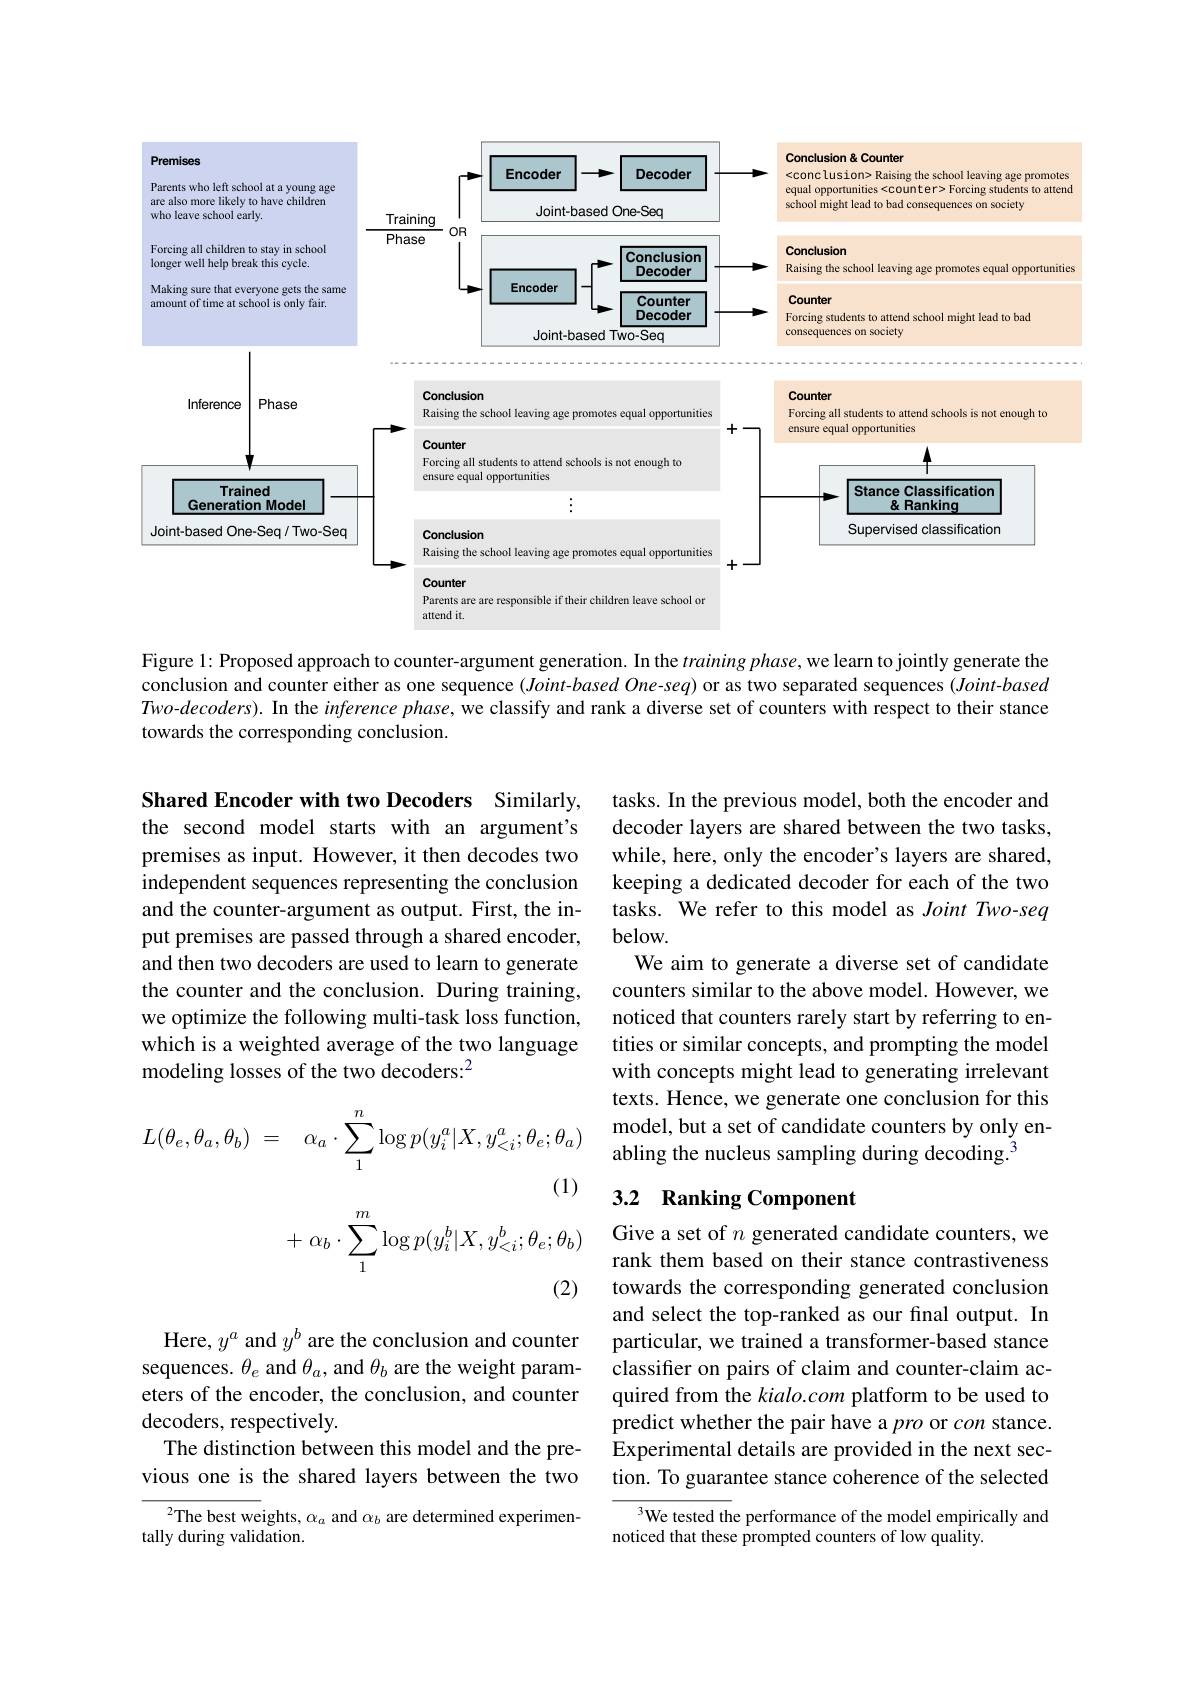
<FigureHere>

Figure 1: Proposed approach to counter-argument generation. In the $trainingphase$,we learn to jointly generate the conclusion and counter either as one sequence $( Joint- based\textit{One- seq) or as two separated sequences ( Joint- based) }$ $Two-decoders).$ In the inference phase, we classify and rank a diverse set of counters with respect to their stance towards the corresponding conclusion.

Shared Encoder with two Decoders Similarly, the second model starts with an argument's premises as input. However, it then decodes two independent sequences representing the conclusion and the counter-argument as output. First, the input premises are passed through a shared encoder, and then two decoders are used to learn to generate the counter and the conclusion. During training, we optimize the following multi-task loss function, which is a weighted average of the two language modeling losses of the two decoders:$^2$

tasks. In the previous model, both the encoder and decoder layers are shared between the two tasks, while, here, only the encoder's layers are shared, keeping a dedicated decoder for each of the two tasks. We refer to this model as Joint Two-seq below.
We aim to generate a diverse set of candidate counters similar to the above model. However, we noticed that counters rarely start by referring to entities or similar concepts, and prompting the model with concepts might lead to generating irrelevant texts. Hence, we generate one conclusion for this model, but a set of candidate counters by only enabling the nucleus sampling during decoding.$^{3}$
$$\begin{aligned}L(\theta_{e},\theta_{a},\theta_{b})&=\quad\alpha_{a}\cdot\sum_{1}^{n}\log p(y_{i}^{a}|X,y_{<i}^{a};\theta_{e};\theta_{a})\\&&\text{(1)}\\&+\:\alpha_{b}\cdot\sum_{1}^{m}\log p(y_{i}^{b}|X,y_{<i}^{b};\theta_{e};\theta_{b})\end{aligned}$$
## 3.2 Ranking Component

Give a set of $n$ generated candidate counters, we rank them based on their stance contrastiveness towards the corresponding generated conclusion and select the top-ranked as our final output. In particular, we trained a transformer-based stance classifer on pairs of claim and counter-claim acquired from the kialo.com platform to be used to predict whether the pair have a pro or con stance. Experimental details are provided in the next section. To guarantee stance coherence of the selected

Here, $y^a$ and $y^b$ are the conclusion and counter sequences. $\theta_e$ and $\theta_a$, and $\theta_b$ are the weight parameters of the encoder, the conclusion, and counter decoders, respectively.
The distinction between this model and the previous one is the shared layers between the two

$^{3}$We tested the performance of the model empirically and
noticed that these prompted counters of low quality.

$^{2}$The best weights, $\alpha_a$ and $\alpha_b$ are determined experimen-
tally during validation.